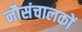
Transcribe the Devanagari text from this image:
नौसंचालकों